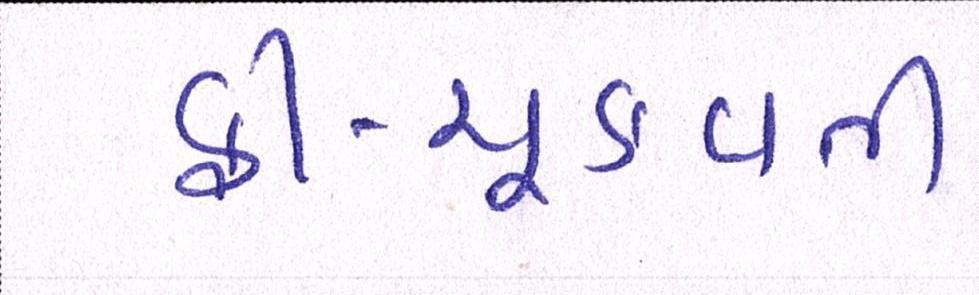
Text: ફી-ચૂકવતી